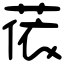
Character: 𦲤